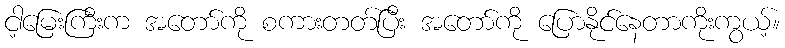
ငါ့မြေးကြီးက အတော်ကို စကားတတ်ပြီး အတော်ကို ပြောနိုင်နေတာကိုးကွယ့်။